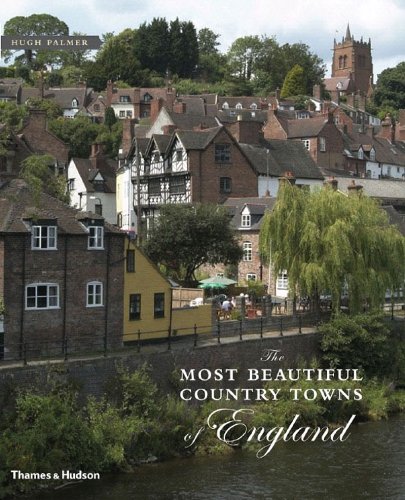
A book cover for The Most Beautiful Country Towns of England (Most Beautiful Villages Series); Hugh Palmer; Travel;